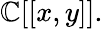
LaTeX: \mathbb{C}[[x,y]].